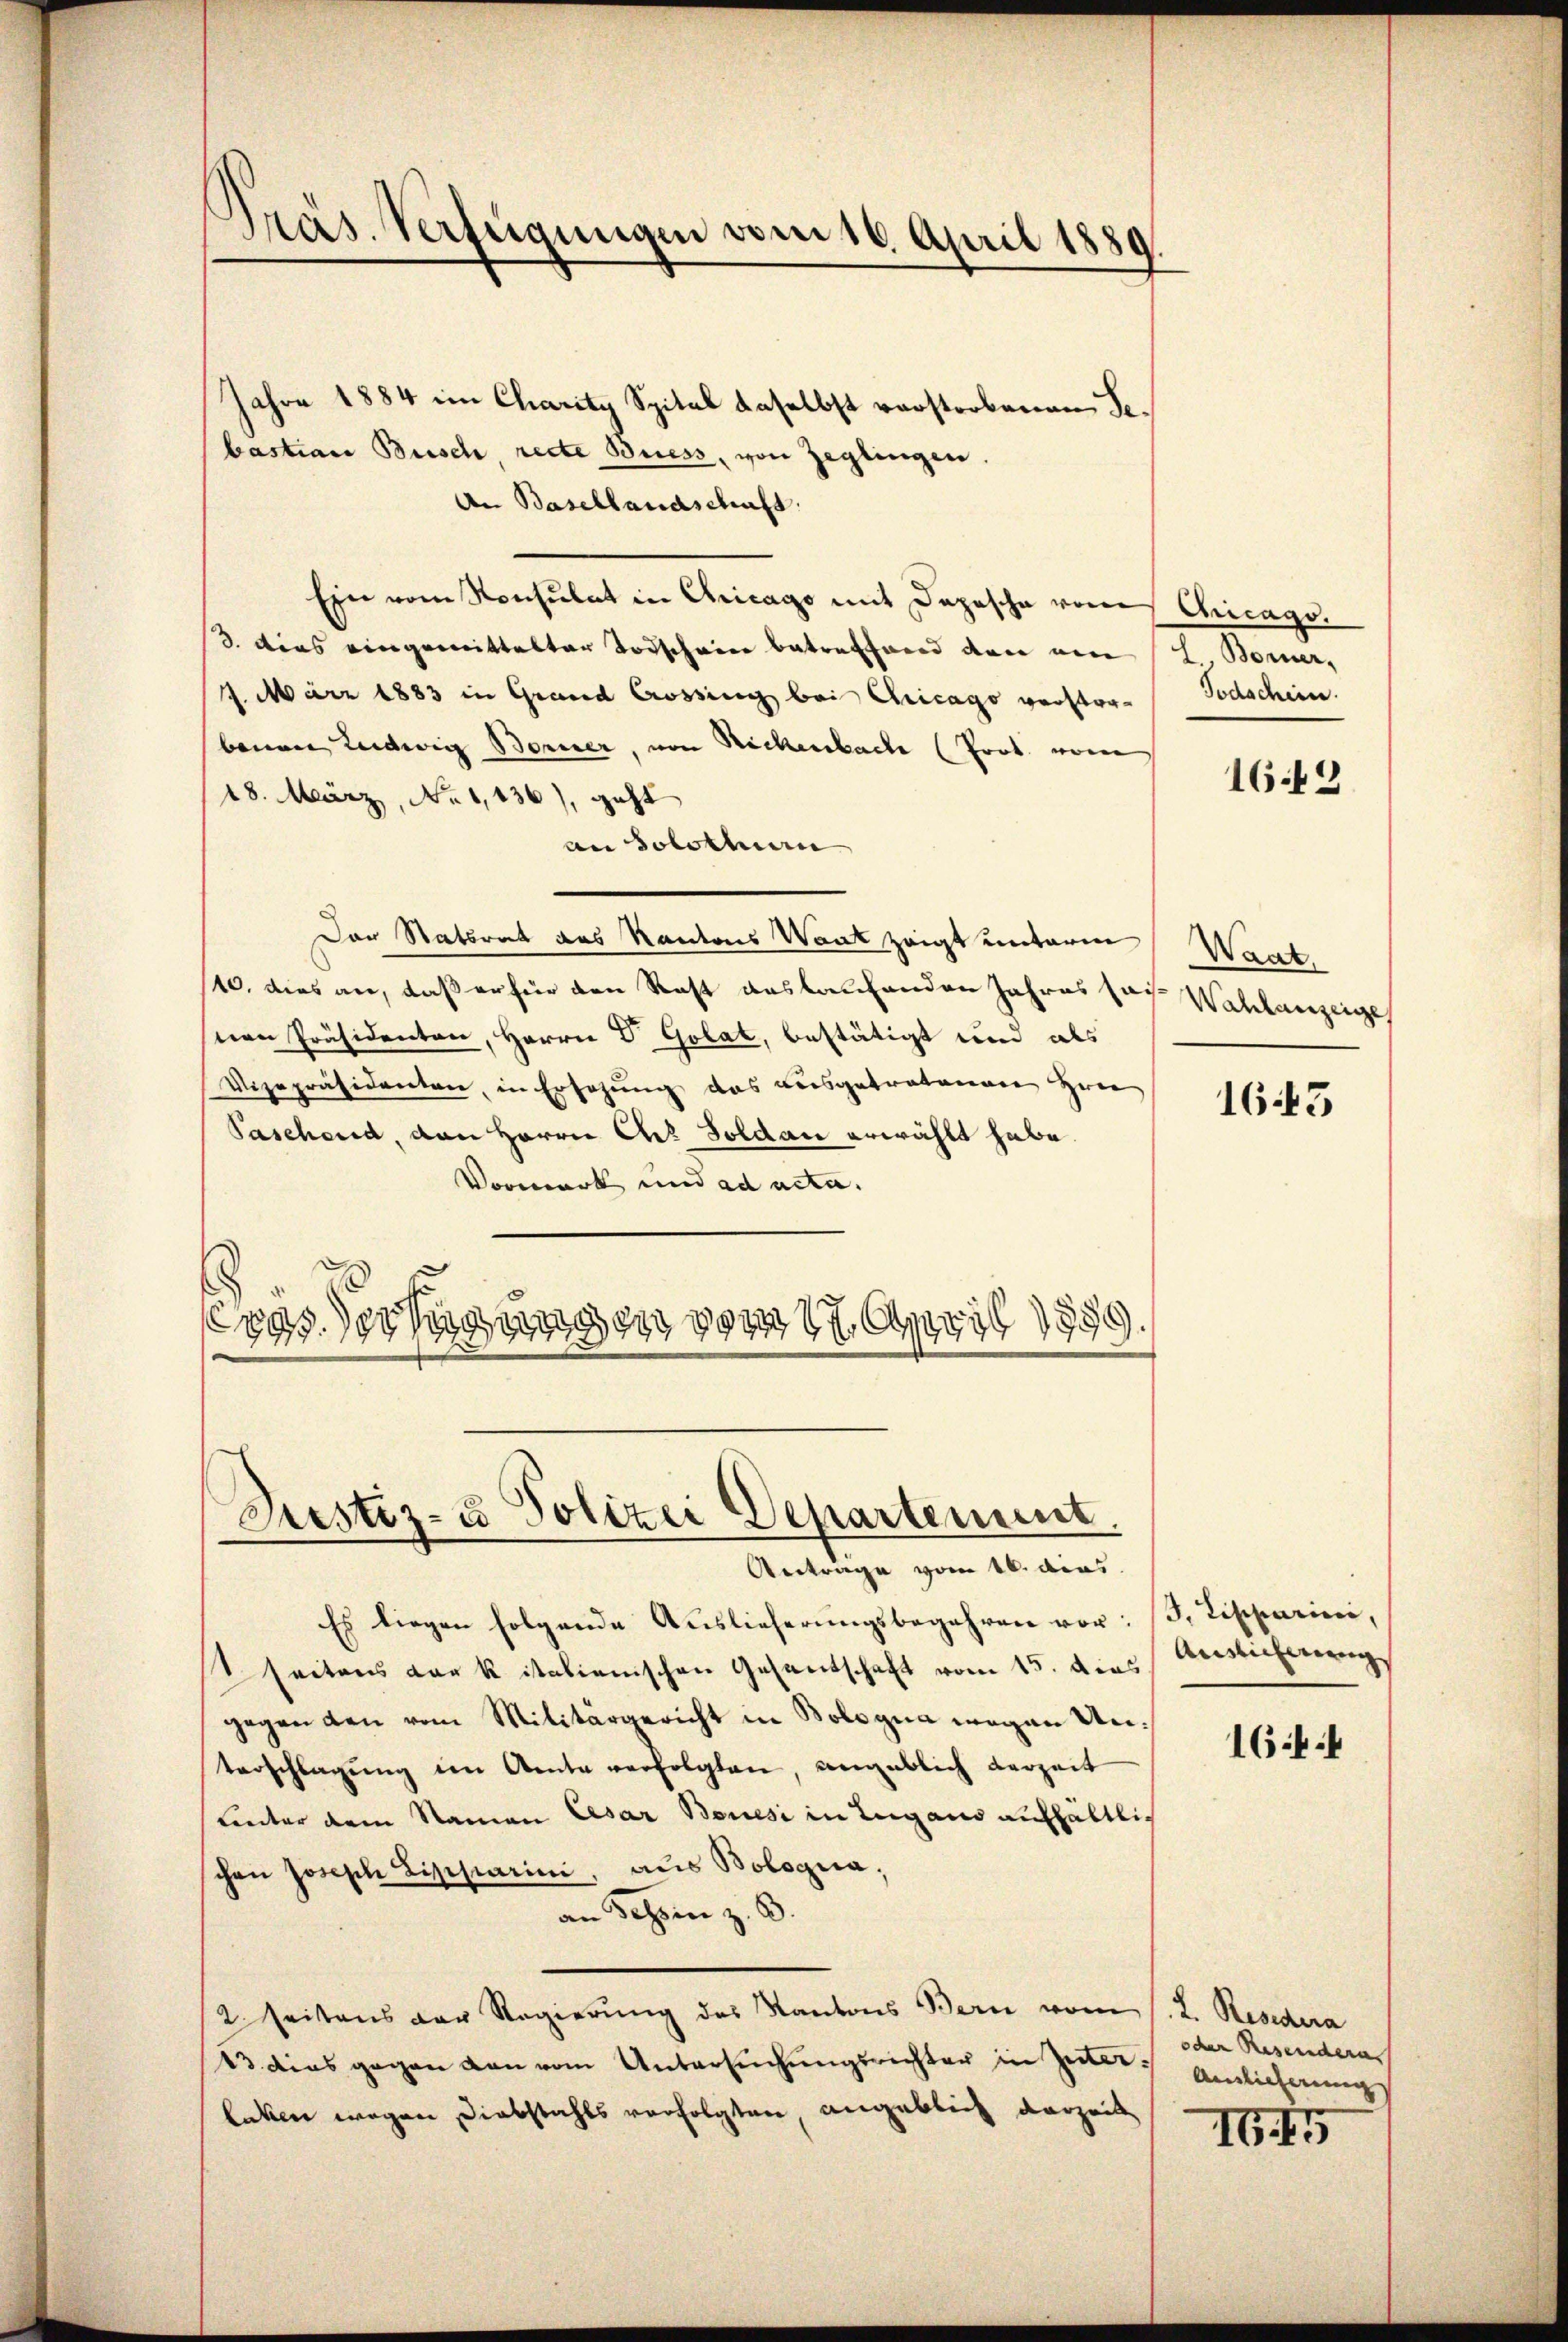
Präs. Verfügungen vom 16. April 1889.

Jahre 1884 im Charity Spital daselbst vorstorbenen Sebastian Busch, recte Biess, von Zeglingen.
An Basellandschaft.
Ein vom Konsulat in Chicago mit Depesche von Chicago.
3. dies eingemittelter Todscheine betreffend den ein
7. März 1883 in Grund Crossing bei Chicago verstor-
benen Ludwig Berner, von Rickenbache (Prot. vom
18. März, No 1,136), geht
an Solothur
Der Statsrat des Kantons Wart zeigt unterm Waat.
10. dies an, daß er für den Rast auslaufenden Jahres ses Wahlanzeige
snen Präsidenten, Herrn Dr Golat, bestätigt und als
Vizepräsidenten, in Ersezung das ausgetretenen Hrn
Paschend, von Herrn Ch. Soldau erwählt habe.
Vormark und ad acta.
893. erfügungen vom 27. April 1889.

Justiz- & Polizei Departement.

Anträge vom 16. dies
Es liegen folgende Auslieferŭngsbegehren vor: 3. Tischarin,
seitens der k italienischen Gesandschaft vom 15. dies Auslieferung
gegen den vom Militärgericht in Bologna wegen Un¬
Verschlagung in Amte verfolgten, ungeblich verzeit
uunter dem Namen Cesar Bauesi in Lugano aufhaltlich
chen Joseph Lipparini, aus Bologia,
an Schen z. B.
2. Seitens der Regierung des Kantons Bern vom 1. 2. Resiedera
13 dies gegen von vom Untersuchungsrichter in Zeit Amlicherung
laken wegen Diebstahls verfolgten, angeblich derzeit

h Borer,
Todschein.

1649

1643

1644

oder Resendern

IG45